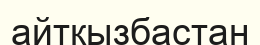
айтқызбастан